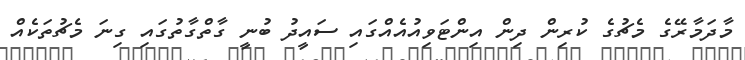
މާދަމާރޭގެ މެޗުގެ ކުރިން ދިން އިންޓަވިއުއެއްގައި ސައީދު ބުނީ ގާތްގާތުގައި ގިނަ މެޗުތަކެއް